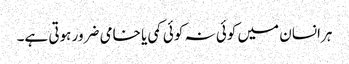
ہرانسان میں کوئی نہ کوئی کمی یا خامی ضرور ہوتی ہے۔